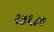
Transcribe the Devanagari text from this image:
२७६८७